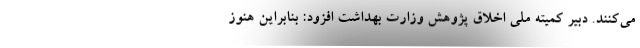
می‌کنند. دبیر کمیته ملی اخلاق پژوهش وزارت بهداشت افزود: بنابراین هنوز